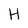
Character: H